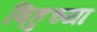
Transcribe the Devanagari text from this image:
बिहुच्या